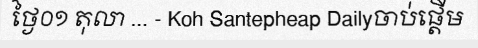
ថ្ងៃ០១ តុលា ... - Koh Santepheap Dailyចាប់ផ្តើម